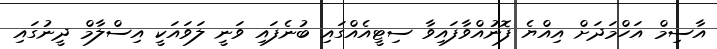
އާސިމް އަހްމަދަށް އިއްޔެ ފޮނުއްވާފައިވާ ސިޓީއެއްގައި ބުނެފައި ވަނީ ލަވައަކީ އިސްލާމް ދީނުގައި